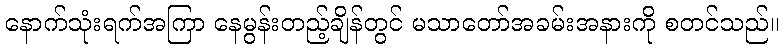
နောက်သုံးရက်အကြာ နေမွန်းတည့်ချိန်တွင် မသာတော်အခမ်းအနားကို စတင်သည်။